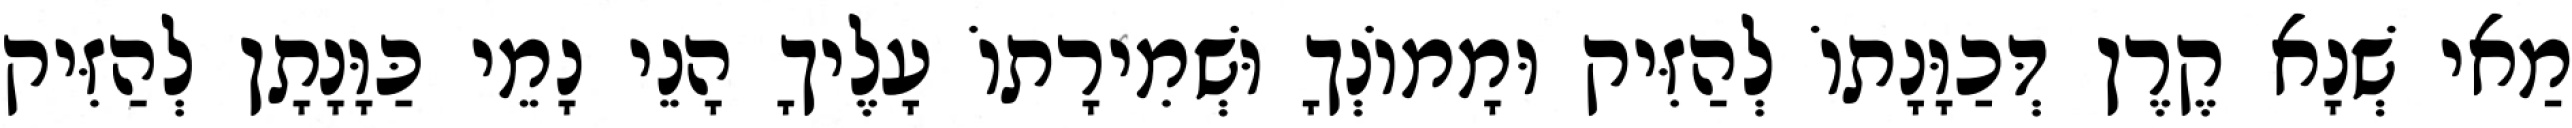
מַאי שְׁנָא קֶרֶן דְּכַוָּנָתוֹ לְהַזִּיק וּמָמוֹנְךָ וּשְׁמִירָתוֹ עָלֶיךָ הָנֵי נָמֵי כַּוָּנָתָן לְהַזִּיק